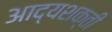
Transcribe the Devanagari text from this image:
आद्यशक्ती